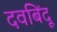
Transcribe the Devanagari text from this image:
दवबिंदू